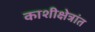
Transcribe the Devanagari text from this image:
काशीक्षेत्रांत